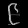
Digit: ၉